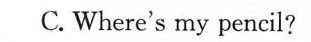
C. Where's my pencil?